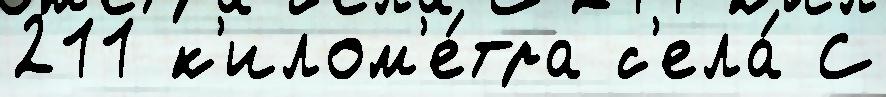
211 к'илом'е́тра с'ела́ С